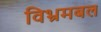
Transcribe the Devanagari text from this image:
विभ्रमबल